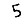
Digit: 5